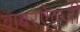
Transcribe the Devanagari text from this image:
बाबरऐवजी